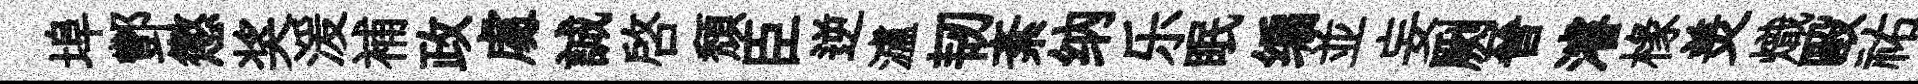
埠酆懲奖湲補政䖏誠啓頹臣逆瀘韧紊纳乐眠编並妄劂晉濬椽羙熾毆祐